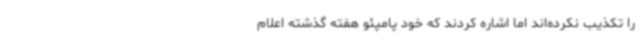
را تکذیب نکرده‌اند اما اشاره کردند که خود پامپئو هفته گذشته اعلام